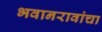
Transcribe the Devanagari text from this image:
भवानरावांचा